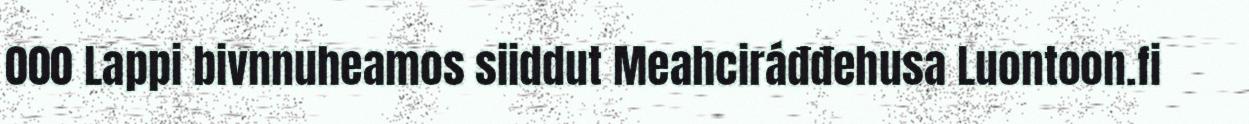
000 Lappi bivnnuheamos siiddut Meahciráđđehusa Luontoon.fi